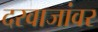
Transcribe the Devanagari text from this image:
दरवाजांवर